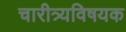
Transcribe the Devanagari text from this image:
चारीत्र्यविषयक